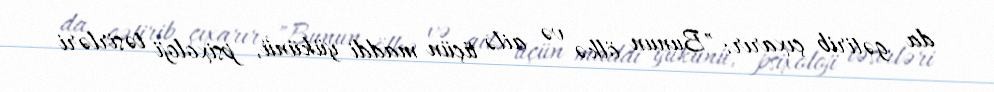
da gətirib çıxarır: "Bunun ölkə və ailə üçün maddi yükünü, psixoloji təsirləri